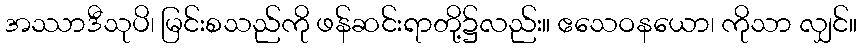
အဿာဒီသုပိ၊ မြင်းစသည်ကို ဖန်ဆင်းရာတို့၌လည်း။ ဧသေဝနယော၊ ကိုသာ လျှင်။